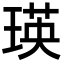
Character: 瑛